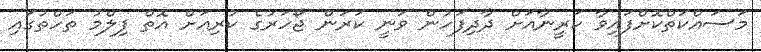
މަސައްކަތްކޮށްފައިވާ ކަރީނާއަށް ދާދިފަހުން ވަނީ ކަރަން ޖޯހަރުގެ ކުރިއަށް އޮތް ފިލްމު ތަހްތުގައި